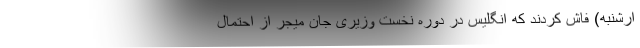
ارشنبه) فاش کردند که انگلیس در دوره نخست وزیری جان میجر از احتمال